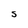
Character: S